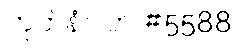
ကုတ်နံပါတ် #5588